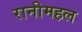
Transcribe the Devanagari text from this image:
रानीमहल